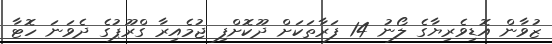
ޒުވާން އޮޑިވެރިޔާގެ ލޯނު 14 ފަރާތަކަށް ދޫކޮށްފި ޖުމެއިރާ ގްރޫޕުގެ ދެވަނަ ހޮޓާ